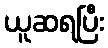
ယူဆရပြီး